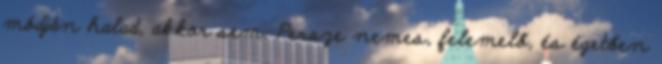
módján halad, akkor sem. Persze nemes, felemelő, és égetően